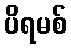
ပိရမစ်